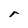
Character: r